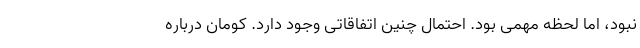
نبود، اما لحظه مهمی بود. احتمال چنین اتفاقاتی وجود دارد. کومان درباره